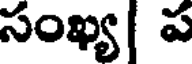
సంఖ్య ప